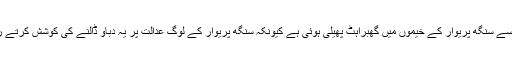
جب سے عدالت نے واضح انداز میں یہ بات کہی ہے تبھی سے سنگھ پریوار کے خیموں میں گھبراہٹ پھیلی ہوئی ہے کیونکہ سنگھ پریوار کے لوگ عدالت پر یہ دباؤ ڈالنے کی کوشش کرتے رہے ہیں کہ وہ اس مقدمے کو آستھا کی بنیاد پر طے کرے۔